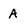
Character: A